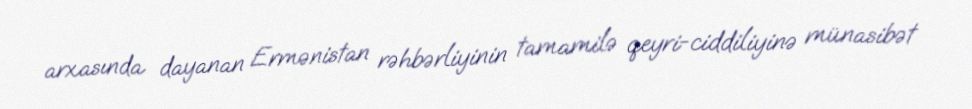
arxasında dayanan Ermənistan rəhbərliyinin tamamilə qeyri-ciddiliyinə münasibət